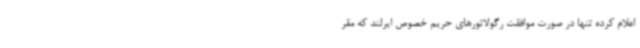
اعلام کرده تنها در صورت موافقت رگولاتورهای حریم خصوص ایرلند که مقر